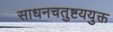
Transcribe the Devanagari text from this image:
साधनचतुष्टययुक्त